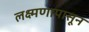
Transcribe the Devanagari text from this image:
लक्ष्मणापासून